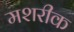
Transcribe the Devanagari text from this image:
मशरीक